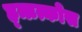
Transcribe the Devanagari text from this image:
ह्ऋत्कोस